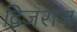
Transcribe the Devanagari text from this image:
द्विजराज